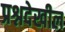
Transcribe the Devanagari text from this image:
प्रश्नदेखील